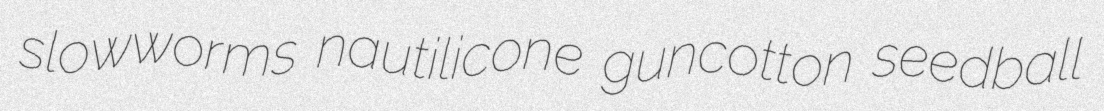
slowworms nautilicone guncotton seedball